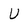
Character: U